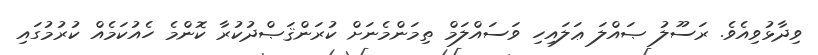
ވިދާޅުވިއެވެ. ރަސޫލު ޞައްލަ ޢަލައިހި ވަސައްލަމް ތިމަންމެނަށް ކުރަންޤަޞްދުކުރާ ކޮންމެ ހެއުކަމެއް ކުރުމުގައި